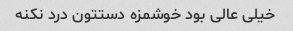
خیلی عالی بود خوشمزه دستتون درد نکنه